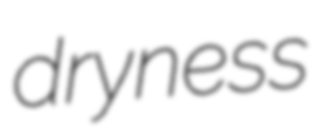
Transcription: dryness